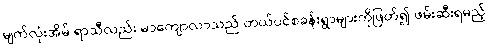
မျက်လုံးအိမ် ရာသီလည်း မာကျောလာသည် တယ်ပင်စခန်းရွာများကိုဖြတ်၍ ဖမ်းဆီးရမည့်